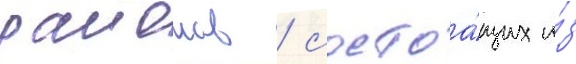
раионов / состоа́щих и́з